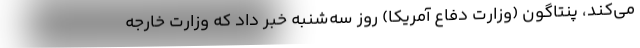
می‌کند، پنتاگون (وزارت دفاع آمریکا) روز سه‌شنبه خبر داد که وزارت خارجه